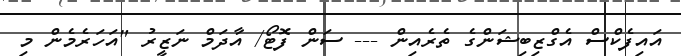
އައިފެކްސް އެގްޒިބިޝަންގެ ތެރެއިން --- ސަން ފޮޓޯ/ އާދަމް ނަޒީރު "އަހަރެމެން މި